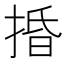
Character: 捪